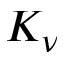
K _ { \nu }